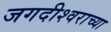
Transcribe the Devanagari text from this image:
जगदीश्‍वराच्या